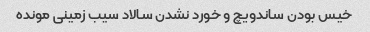
خیس بودن ساندویچ و خورد نشدن سالاد سیب زمینی مونده